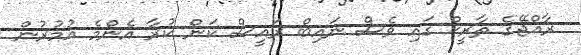
ރާއްޖޭގެ ތާރީޚް ގައި ވެސް ނައިބް ރައީސް ކަން ކުރާ އެންމެ އުމުރުން